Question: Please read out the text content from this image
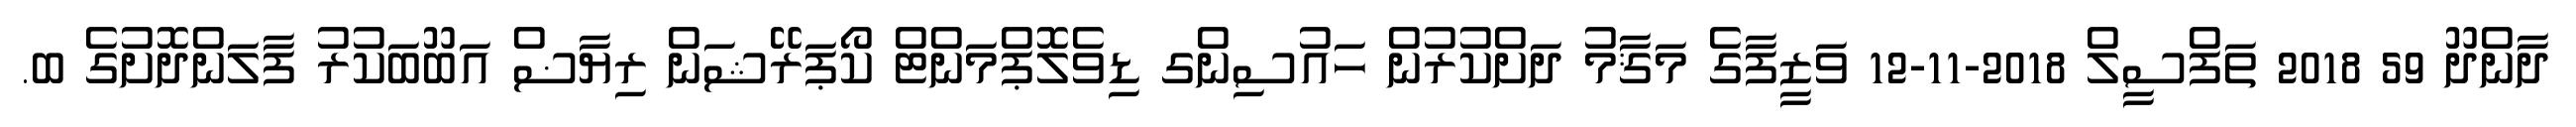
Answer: ދާންދޫ 59 2018 ތަފްސީލް 2018-11-12 ވަޒީފާގެ މަޤާމު ދަށްކުރުން ހައުސިންގ ޑިވެލޮޕްމަންޓް ކޯޕަރޭޝަން ރިޔާޟް އަބޫބަކުރު ފާލަންދޮށުގެ ބ.